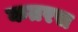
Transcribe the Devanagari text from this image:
कतरस